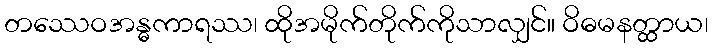
တဿေဝအန္ဓကာရဿ၊ ထိုအမိုက်တိုက်ကိုသာလျှင်။ ဝိဓမနတ္ထာယ၊